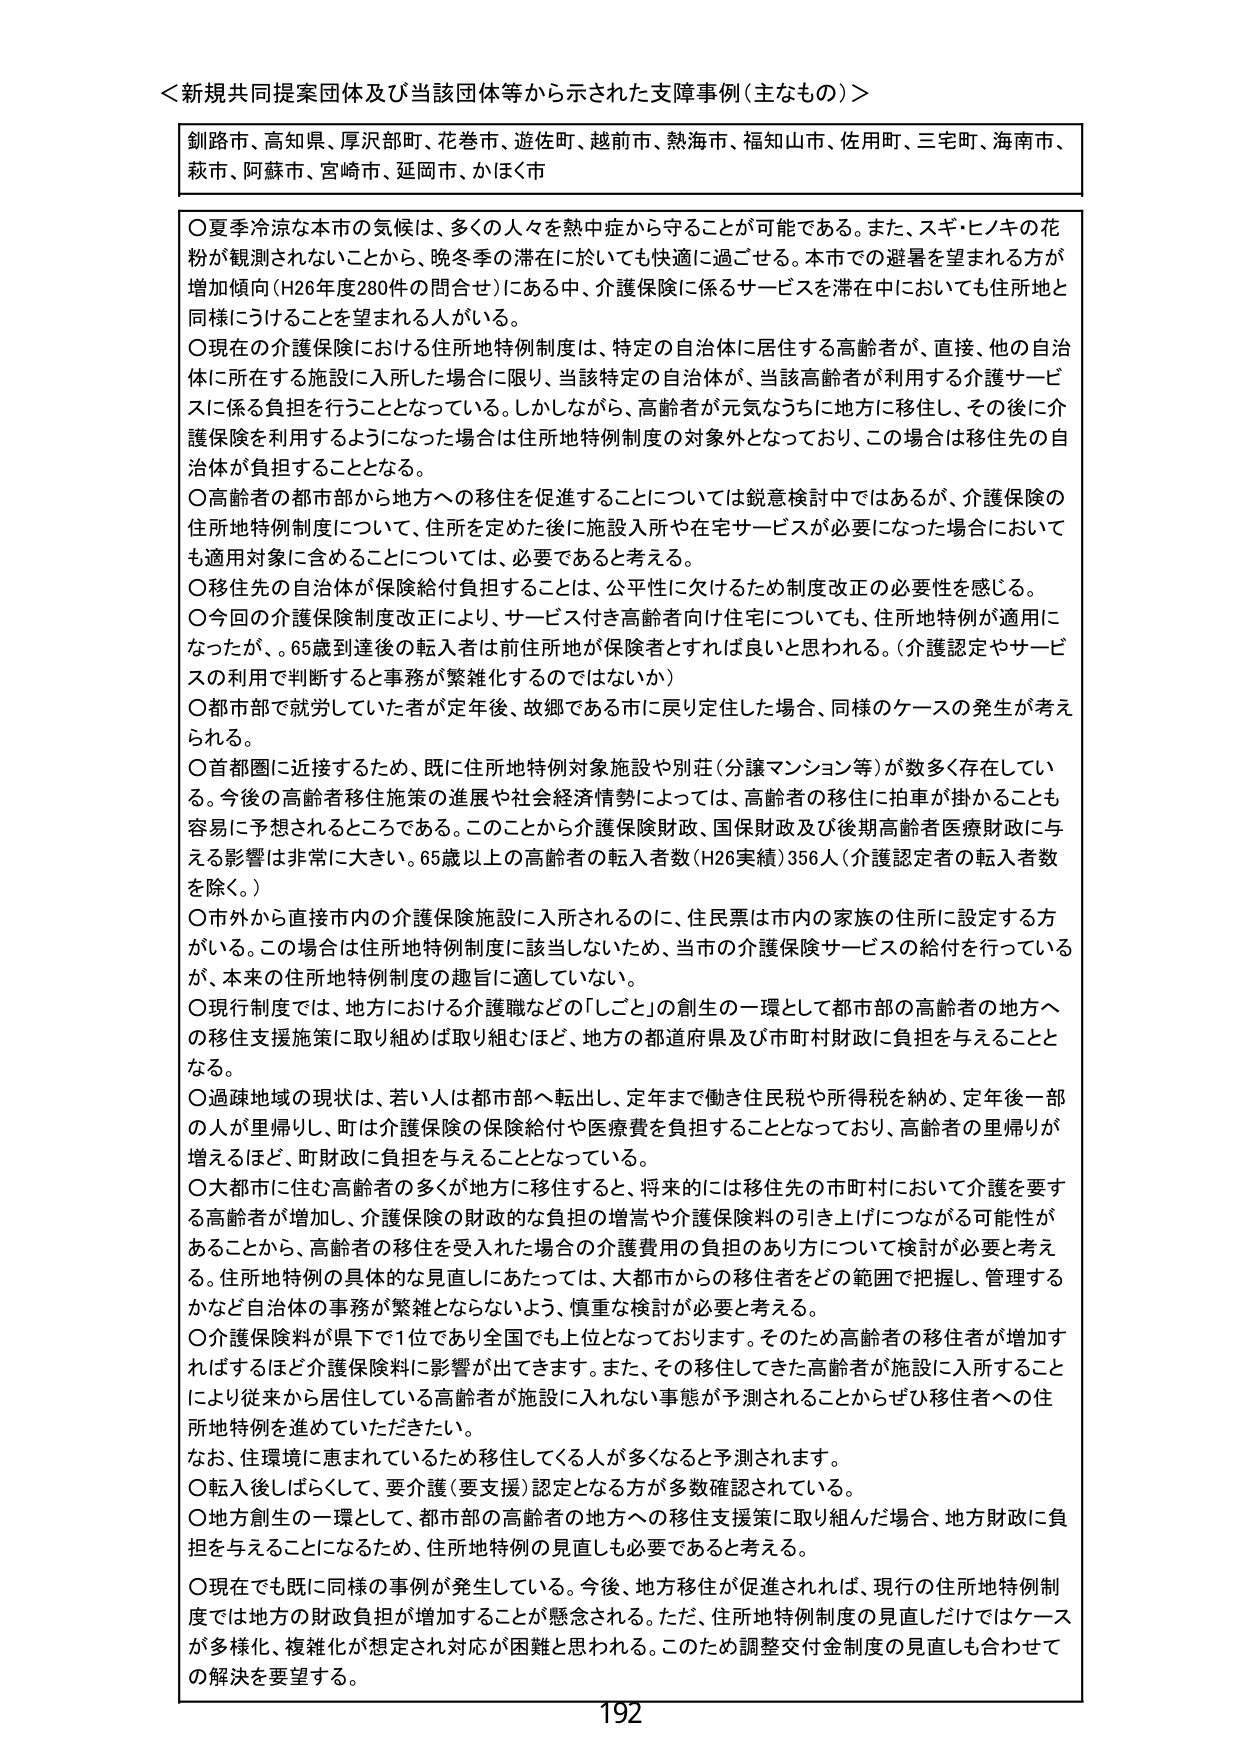
＜新規共同提案団体及び当該団体等から示された支障事例（主なもの）＞

釧路市、高知県、厚沢部町、花巻市、遊佐町、越前市、熱海市、福知山市、佐用町、三宅町、海南市、
萩市、阿蘇市、宮崎市、延岡市、かほく市

〇夏季冷涼な本市の気候は、多くの人々を熱中症から守ることが可能である。また、スギ・ヒノキの花粉が観測されないことから、晩冬季の滞在に於いても快適に過ごせる。本市での避暑を望まれる方が増加傾向（H26年度280件の問合せ）にある中、介護保険に係るサービスを滞在中においても住所地と同様にうけることを望まれる人がいる。

〇現在の介護保険における住所地特例制度は、特定の自治体に居住する高齢者が、直接、他の自治体に所在する施設に入所した場合に限り、当該特定の自治体が、当該高齢者が利用する介護サービスに係る負担を行うこととなっている。しかしながら、高齢者が元気なうちに地方に移住し、その後に介護保険を利用するようになった場合は住所地特例制度の対象外となっており、この場合は移住先の自治体が負担することとなる。

〇高齢者の都市部から地方への移住を促進することについては鋭意検討中ではあるが、介護保険の住所地特例制度について、住所を定めた後に施設入所や在宅サービスが必要になった場合においても適用対象に含めるについては、必要であると考える。

〇移住先の自治体が保険給付負担することは、公平性に欠けるため制度改正の必要性を感じる。

〇今回の介護保険制度改正により、サービス付き高齢者向け住宅についても、住所地特例が適用になったが、65歳到達後の転入者は前任所地が保険者とすれば良いと思われる。（介護認定やサービスの利用で判断すると事務が繁雑化するのではないか）

〇都市部で就労していた者が定年後、故郷である市に戻り定住した場合、同様のケースの発生が考えられる。

〇首都圏に近接するため、既に住所地特例対象施設や別荘（分譲マンション等）が数多く存在している。今後の高齢者移住施策の進展や社会経済情勢によっては、高齢者の移住に拍車が掛かることも容易に予想されるところである。このことから介護保険財政、国保財政及び後期高齢者医療財政に与える影響は非常に大きい。65歳以上の高齢者の転入者数（H26実績）356人（介護認定者の転入者数を除く。）

〇市外から直接市内の介護保険施設に入所されるのに、住民票は市内の家族の住所に設定する方がいる。この場合は住所地特例制度に該当しないため、当市の介護保険サービスの給付を行っているが、本来の住所地特例制度の趣旨に適していない。

〇現行制度では、地方における介護職などの「しごと」の創生の一環として都市部の高齢者の地方への移住支援施策に取り組めば取り組むほど、地方の都道府県及び市町村財政に負担を与えることとなる。

〇過疎地域の現状は、若い人は都市部へ転出し、定年まで働き住民税や所得税を納め、定年後一部の人が里帰りし、町は介護保険の保険給付や医療費を負担することとなっており、高齢者の里帰りが増えるほど、町財政に負担を与えることとなっている。

〇大都市に住む高齢者の多くが地方に移住すると、将来的には移住先の市町村において介護を要する高齢者が増加し、介護保険の財政的な負担の増嵩や介護保険料の引き上げにつながる可能性があることから、高齢者の移住を受け入れた場合の介護費用の負担のあり方について検討が必要と考える。住所地特例の具体的な見直しにあたっては、大都市からの移住者をどの範囲で把握し、管理するかなど自治体の事務が繁雑とならないよう、慎重な検討が必要と考える。

〇介護保険料が県下で1位であり全国でも上位となっております。そのため高齢者の移住者が増加すればするほど介護保険料に影響が出できます。また、その移住してきた高齢者が施設に入所することにより従来から居住している高齢者が施設に入れない事態が予測されることからぜひ移住者への住所地特例を進めていただきたい。

なお、住環境に恵まれているため移住してくる人が多くなると予測されます。

〇転入後しばらくして、要介護（要支援）認定となる方が多数確認されている。

〇地方創生の一環として、都市部の高齢者の地方への移住支援策に取り組んだ場合、地方財政に負担を与えることになるため、住所地特例の見直しも必要であると考える。

〇現在でも既に同様の事例が発生している。今後、地方移住が促進されれば、現行の住所地特例制度では地方の財政負担が増加することが懸念される。ただ、住所地特例制度の見直しだけではケースが多様化、複雑化が想定され対応が困難と思われる。このため調整交付金制度の見直しも合わせての解決を要望する。

192